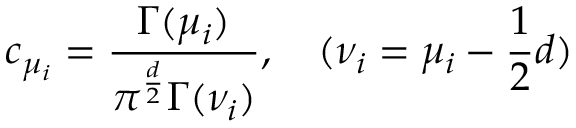
c _ { \mu _ { i } } = \frac { \Gamma ( \mu _ { i } ) } { \pi ^ { \frac { d } { 2 } } \Gamma ( \nu _ { i } ) } , \quad ( \nu _ { i } = \mu _ { i } - \frac { 1 } { 2 } d )